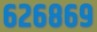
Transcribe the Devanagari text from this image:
६२६८६९